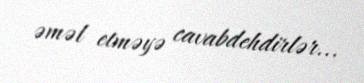
əməl etməyə cavabdehdirlər...